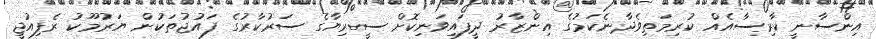
އިންސާނީ ކާރިސާއެއް ކުރިމަތިވެދާނެކަމުގެ އިންޒާރު ދީފައިވަނިކޮށް ސީރިޔާގެ ސަރުކާރުގެ ފައުޖުތަކުން ޔަރުމޫކު ރެފިއުޖީ